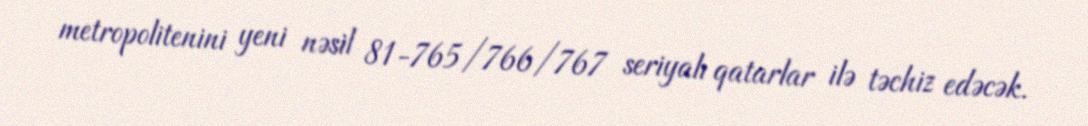
metropolitenini yeni nəsil 81-765/766/767 seriyalı qatarlar ilə təchiz edəcək.